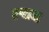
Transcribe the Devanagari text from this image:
रुदाबा